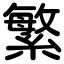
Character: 繁